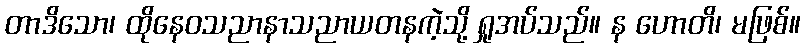
တာဒိသော၊ ထိုနေဝသညာနာသညာယတနကဲ့သို့ ရှုအပ်သည်။ န ဟောတိ၊ မဖြစ်။